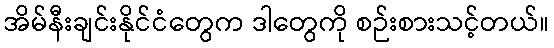
အိမ်နီးချင်းနိုင်ငံတွေက ဒါတွေကို စဉ်းစားသင့်တယ်။